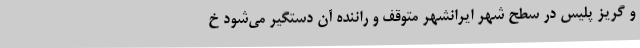
و گریز پلیس در سطح شهر ایرانشهر متوقف و راننده آن دستگیر می‌شود خ